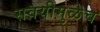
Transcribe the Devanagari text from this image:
सवयीमुळेच